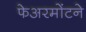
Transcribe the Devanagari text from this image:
फेअरमोंटने